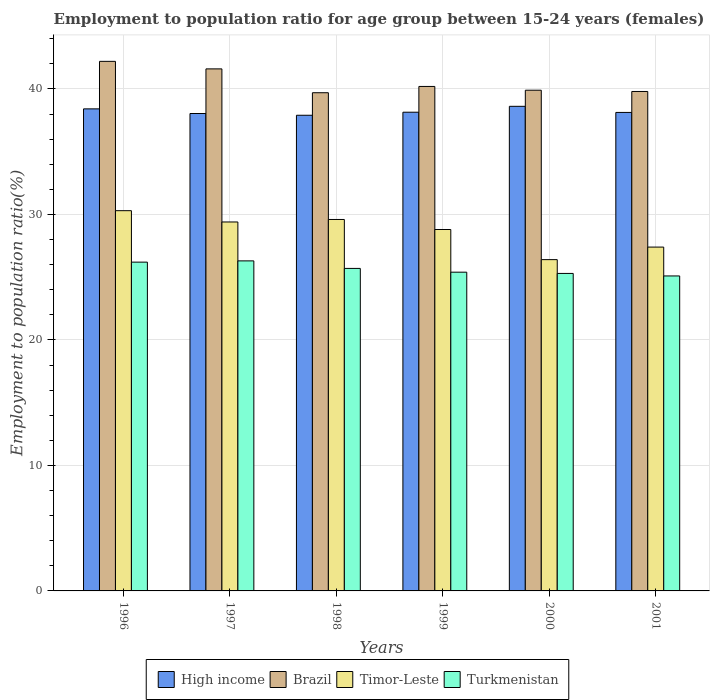
| Years | High income | Brazil | Timor-Leste | Turkmenistan |
 | --- | --- | --- | --- | --- |
 | 1996 | 38.4 | 42.2 | 30.3 | 26.2 |
 | 1997 | 38 | 41.6 | 29.4 | 26.3 |
 | 1998 | 37.9 | 39.7 | 29.6 | 25.7 |
 | 1999 | 38.1 | 40.2 | 28.8 | 25.4 |
 | 2000 | 38.6 | 39.9 | 26.4 | 25.3 |
 | 2001 | 38.1 | 39.8 | 27.4 | 25.1 |